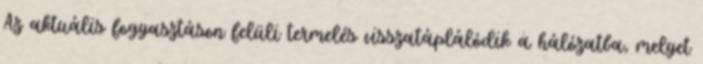
Az aktuális fogyasztáson felüli termelés visszatáplálódik a hálózatba, melyet